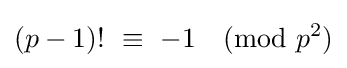
(p-1)!\ \equiv \ -1{\pmod {p^{2}}}